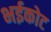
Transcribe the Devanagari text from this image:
भईकोट